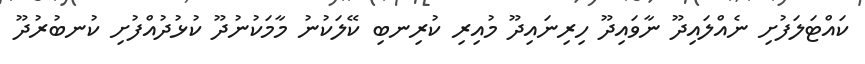
ކައްޓަލަފުށި ނެއްލައިދޫ ނާވައިދޫ ހިރިނައިދޫ މުއިރި ކުރިނބި ކޭލަކުނު މާމަކުނުދޫ ކުޅުދުއްފުށި ކުނބުރުދޫ